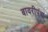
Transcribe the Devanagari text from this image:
बावरीपंथ